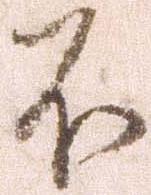
不